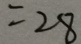
= 2 8